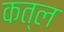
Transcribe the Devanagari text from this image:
कत्‍ल